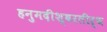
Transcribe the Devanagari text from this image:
हनुमदीश्वरतीर्थ